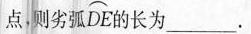
点，则劣弧\stackrel\frown{DE}的长为___.